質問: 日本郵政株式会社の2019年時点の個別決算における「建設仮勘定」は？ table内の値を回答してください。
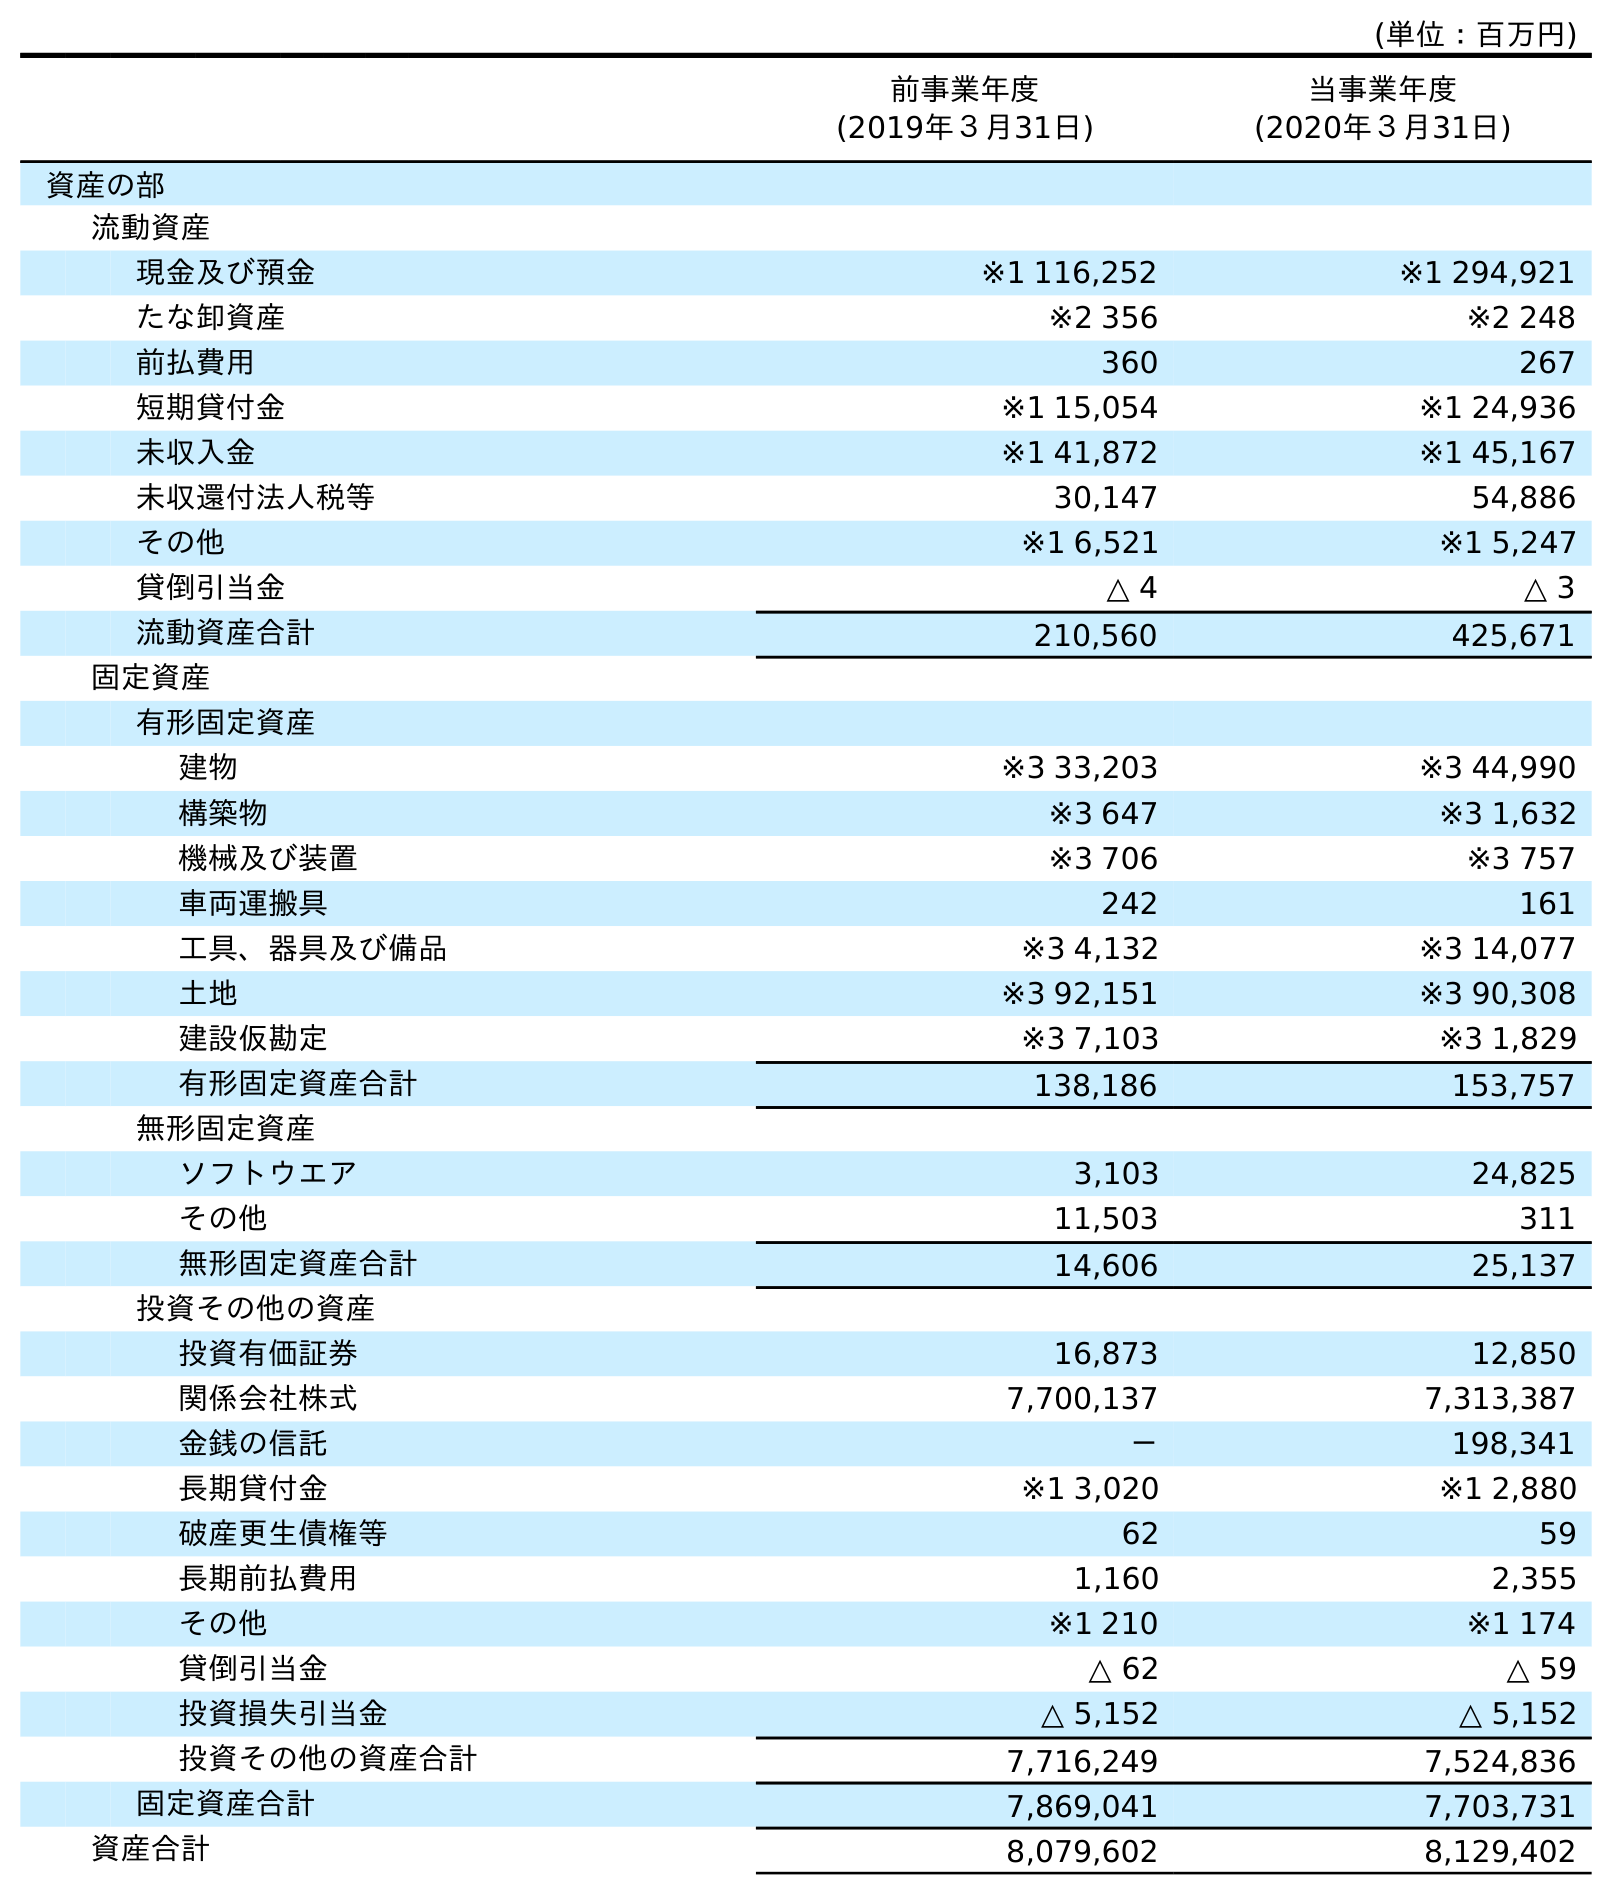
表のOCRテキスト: (単位：百万円) 前事業年度 (2019年３月31日) 当事業年度 (2020年３月31日) 資産の部 流動資産 現金及び預金 ※1 116,252 ※1 294,921 たな卸資産 ※2 356 ※2 248 前払費用 360 267 短期貸付金 ※1 15,054 ※1 24,936 未収入金 ※1 41,872 ※1 45,167 未収還付法人税等 30,147 54,886 その他 ※1 6,521 ※1 5,247 貸倒引当金 △ 4 △ 3 流動資産合計 210,560 425,671 固定資産 有形固定資産 建物 ※3 33,203 ※3 44,990 構築物 ※3 647 ※3 1,632 機械及び装置 ※3 706 ※3 757 車両運搬具 242 161 工具、器具及び備品 ※3 4,132 ※3 14,077 土地 ※3 92,151 ※3 90,308 建設仮勘定 ※3 7,103 ※3 1,829 有形固定資産合計 138,186 153,757 無形固定資産 ソフトウエア 3,103 24,825 その他 11,503 311 無形固定資産合計 14,606 25,137 投資その他の資産 投資有価証券 16,873 12,850 関係会社株式 7,700,137 7,313,387 金銭の信託 － 198,341 長期貸付金 ※1 3,020 ※1 2,880 破産更生債権等 62 59 長期前払費用 1,160 2,355 その他 ※1 210 ※1 174 貸倒引当金 △ 62 △ 59 投資損失引当金 △ 5,152 △ 5,152 投資その他の資産合計 7,716,249 7,524,836 固定資産合計 7,869,041 7,703,731 資産合計 8,079,602 8,129,402
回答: ※37,103